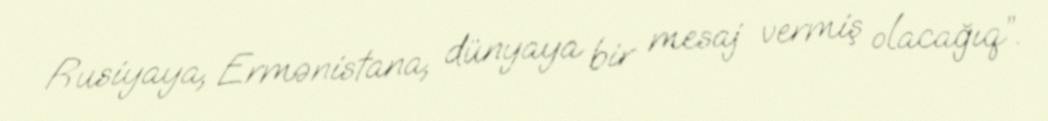
Rusiyaya, Ermənistana, dünyaya bir mesaj vermiş olacağıq”.